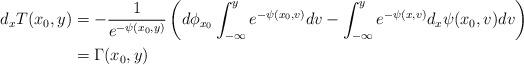
LaTeX: \begin{align*}d_xT(x_0,y) &= -\frac{1}{e^{-{\psi(x_0,y)}}} \left( d \phi_{x_0} \int_{-\infty}^y e^{-{\psi(x_0,v) }}dv - \int_{-\infty}^y e^{-{\psi(x,v)}} d_x {\psi} (x_0,v) dv \right) \\&= \Gamma(x_0,y)\end{align*}